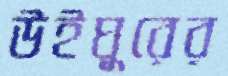
উইঘুরের